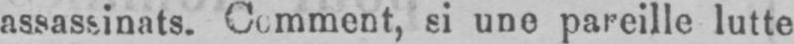
assassinats. Comment, si une pareille lutte